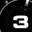
Digit: 3